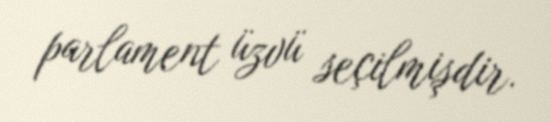
parlament üzvü seçilmişdir.